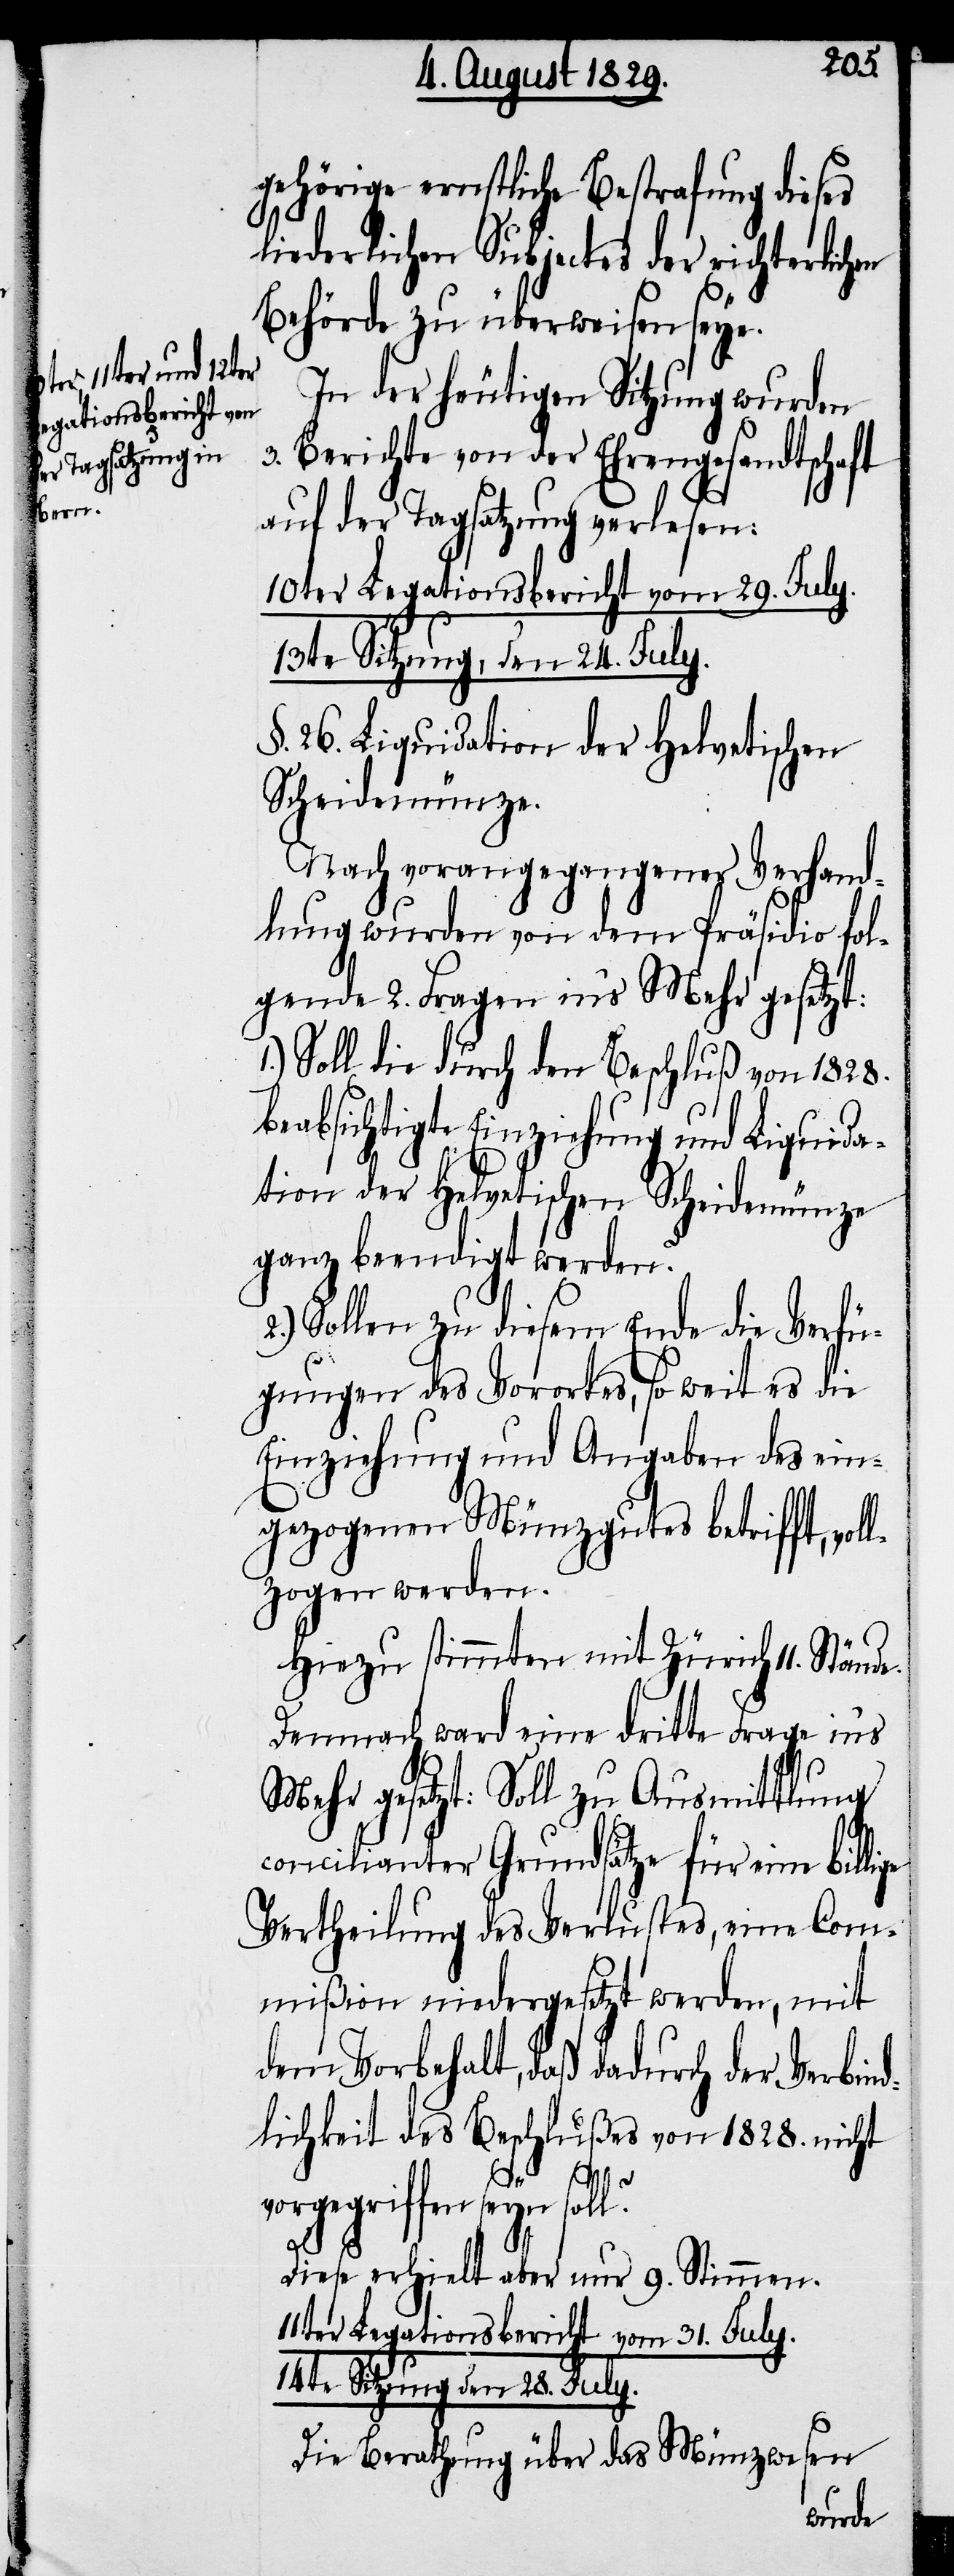
en

gehörige ernstliche Bestrafung dieses
liederlichen Subjectes der richterlich¬
Behörde zu überweisen seye.
In der heutigen Sitzung wurden
3. Berichte von der Ehrengesandtschaft
auf der Tagsatzung verlesen:
10ter Legationsbericht vom 20. July.
13te Sitzung, den 24. July.
§. 26. Liquidation der Helvetischen
Scheidemünze.
Nach vorangegangener Verhand¬
lung wurden von dem Präsidio fol¬
gende 2. Fragen in’s Mehr gesetzt:
1.) Soll die durch den Beschluß von 1828.
beabsichtigte Einziehung und Liquida¬
tion der Helvetischen Scheidemünze
ganz beendigt werden?
2.) Sollen zu diesem Ende die Verfü¬
gungen des Vorortes, so weit es die
Einziehung und Angaben des ein¬
gezogenen Münzgutes betrifft, vol¬
lzogen werden.
Hiezu stimmten mit Zürich 11. Stände.
Demnach war eine dritte Frage in’s
Mehr gesetzt: Soll zu Ausmittlung
concilianter Grundsätze für eine billi¬
Vertheilung des Verlustes, eine Com¬
mißion niedergesetzt werden, mit
dem Vorbehalt, daß dadurch der Verbind¬
lichkeit des Beschlußes von 1828. nicht
vorgegriffen seyn
soll?
Diese erhielt aber nur 9. Stimmen.
11ter Legationsbericht vom 31. July.
14te Sitzung den 28. July.
Die Berathung über das Münzwesen